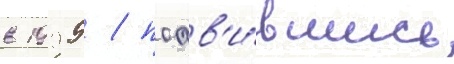
в 1999 / поав'и́вшись